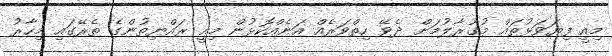
މިއީ ފިޔަވަޅުތައް މުގުރާލުމަށް ދެވޭ ހިތްވަރެއް އަނެއްކޮޅުން މިއީ ރައްޔިތުންގެ ތެރޭގައި މިހާރު